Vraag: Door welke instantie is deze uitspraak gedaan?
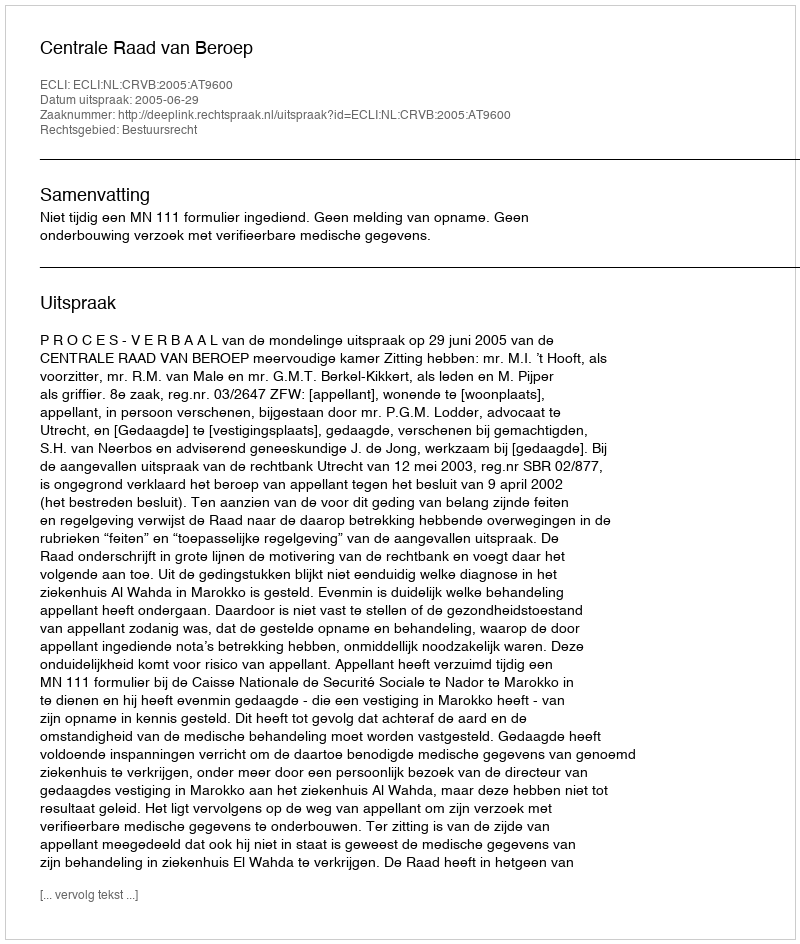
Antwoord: Centrale Raad van Beroep